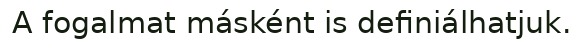
A fogalmat másként is definiálhatjuk.